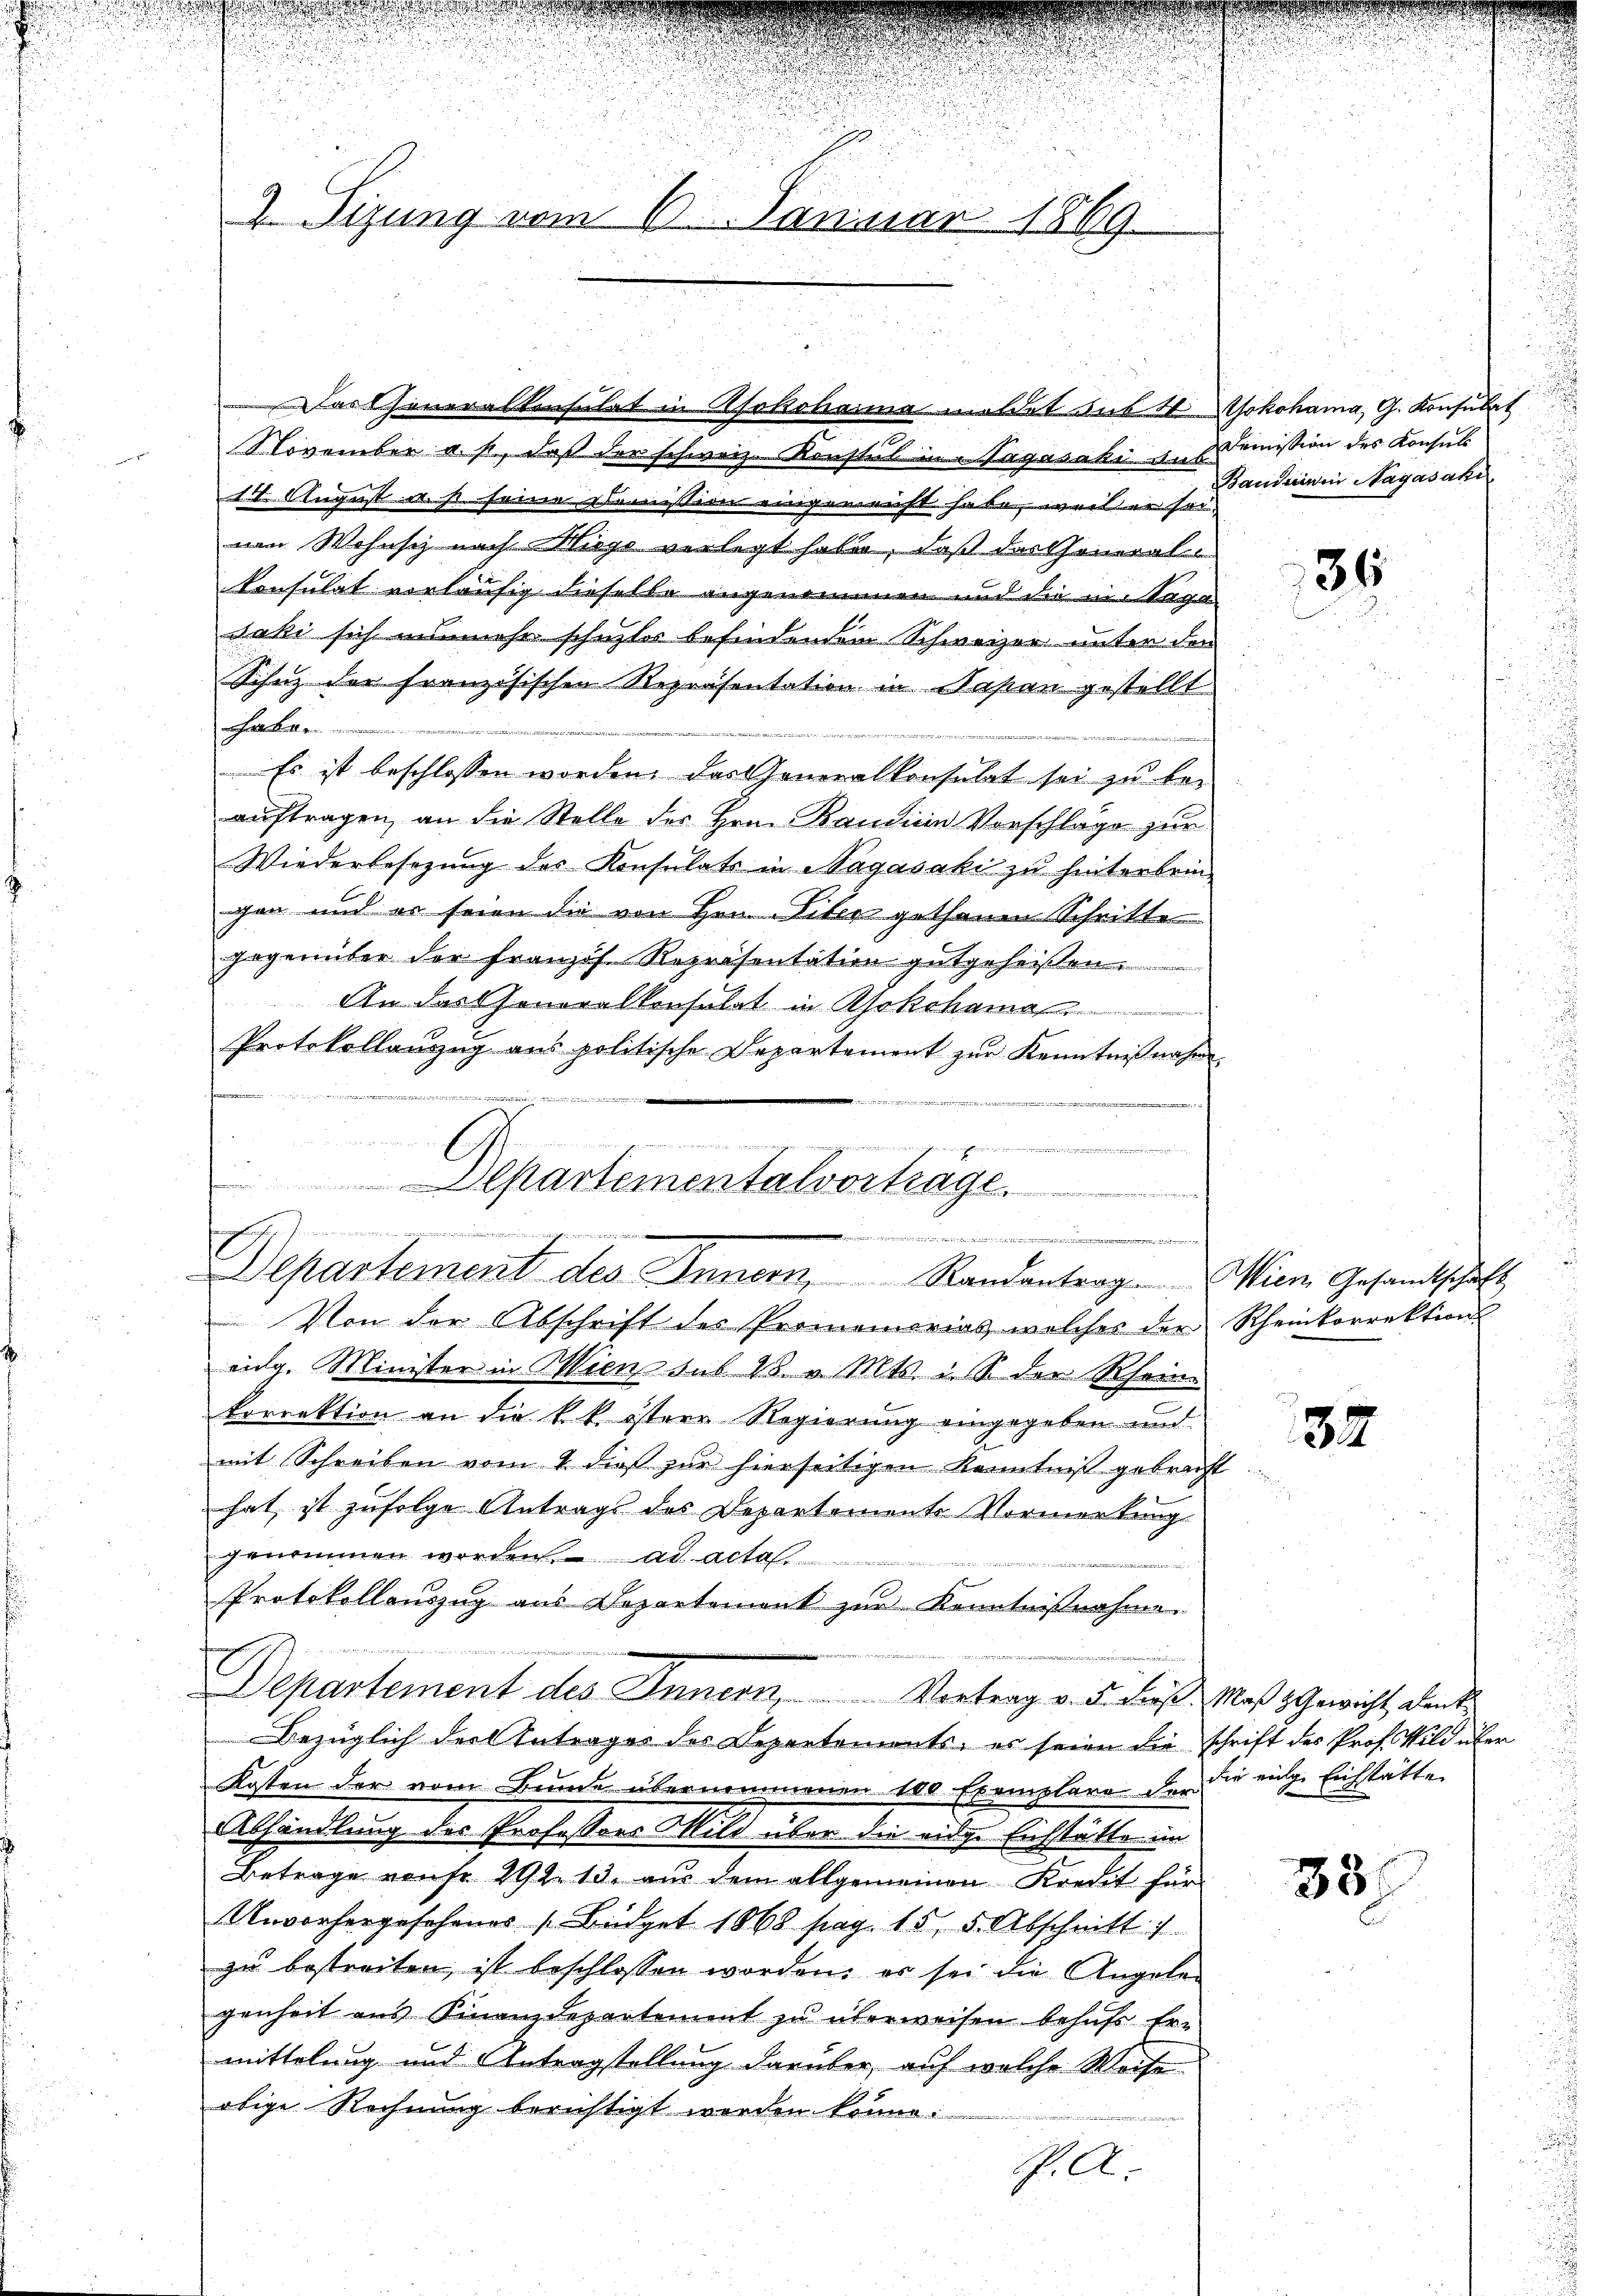
2 Sizung vom 6. Januar 1869.

Dasheneralkonsulat in Asokohama meldet das VGokohama, G. Konsulat
November a. p., daß der schweiz. Konstal in Tagasaki ans Demission des Konsuls

Departementalvortrage.
.

Departement des Innern, Randantrag. Wien Gesandtschaft

Departement des Innern, Vortrag v. d. Laß Maß & Gewicht, denke

1t. August u. s. seine Demission eingeweicht habe, weil er seium Wohnsch nach Wege verlegt habe, daß des General
Consulat vorläufig dieselle angenommen und die in Tage
saki sich nunmehr schuztor befindenden Schweizer unter den
Schutz der französischen Repräsentation in Napan gestellt
habe
Es ist beschlossen worden, das Generalkonsulat sei zu be-
auftragen, an die Stelle der Hrn. Kandien Vorschläge zur
Wiederbesetzung des Konsulats in Bagasaki zu hinterbringan und er seien die von Hrn. Liter gethanen Schritte
gegenüber der Franzis Repräsentation gutgeheißen.
An dasseneralkonsulat in Rokohama
Protokollanzug aus politische Departement zur Kenntnißnahm
u

n nicht in eine

Von der Abschrift des Promemories welches der Rheinkorrektion
eidg. Minister in Wien sub 28. v. Mts. ist der Rhein-
korrektion an die k. k. östere Regierung eingegeben und
mit Schreiben vom 4. dieß zur hierseitigen Kenntniß gebracht
hat, ist zufolge Antrags des Departemente Vormerkung
genommen worden. ad acta.
Protokollauszug aus Departement zur Kenntnißnahme.
Bezüglich der Antrages des Departements, es seien die schrift des Prof. Wild über
Kosten der vom Bunde übernommenen 100 Exemplare der die einge Eichstätte
Abhandlung der Professors Mild über die eidge Eichstatte im
Betrage vonse 292. 13. aus dem allgemeinen Kredit für
Unvorhergesehenes Büdget 1868 pag. 15. 5. Abschnitt
zu bestreiten, ist beschlossen worden, er sei die Angaben
genheit ans Finanzdepartement zu überweisen behŭfs Er-
mittelung und Antragstellung darüber, auf welche Weise
obige Rechnung berichtigt worden könne.
Pell

Bandeinen Nagasaki

36

32

88